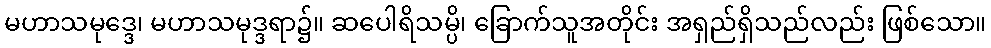
မဟာသမုဒ္ဒေ၊ မဟာသမုဒ္ဒရာ၌။ ဆပေါရိသမ္ပိ၊ ခြောက်သူအတိုင်း အရှည်ရှိသည်လည်း ဖြစ်သော။